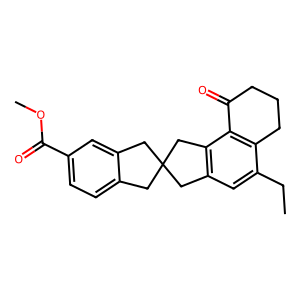
SMILES: CCc1cc2c(c3c1CCCC3=O)CC1(Cc3ccc(C(=O)OC)cc3C1)C2
Inhibits HIV replication: No